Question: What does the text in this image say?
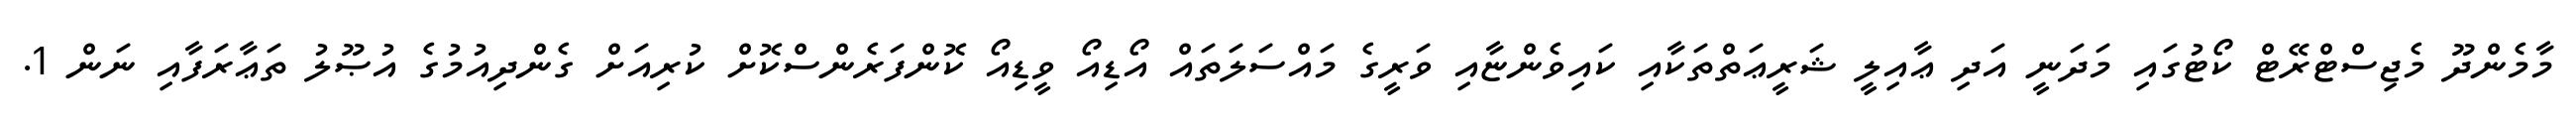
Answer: މާމެންދޫ މެޖިސްޓްރޭޓް ކޯޓުގައި މަދަނީ އަދި ޢާއިލީ ޝަރީޢަތްތަކާއި ކައިވެންޏާއި ވަރީގެ މައްސަލަތައް އޯޑިއޯ ވީޑިއޯ ކޮންފަރެންސްކޮށް ކުރިއަށް ގެންދިއުމުގެ އުޞޫލު ތަޢާރަފާއި ނަން 1.